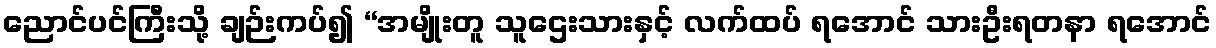
ညောင်ပင်ကြီးသို့ ချဉ်းကပ်၍ “အမျိုးတူ သူဌေးသားနှင့် လက်ထပ် ရအောင် သားဦးရတနာ ရအောင်